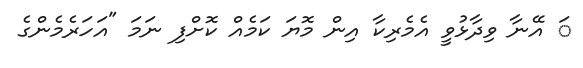
ަ އޭނާ ވިދާޅުވީ އެމެރިކާ އިން މޮޔަ ކަމެއް ކޮށްފި ނަމަ "އަހަރެމެންގެ